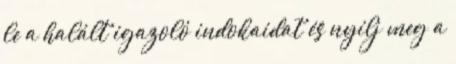
le a halált igazoló indokaidat és nyílj meg a